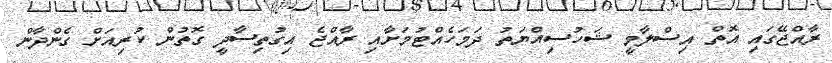
ރާއްޖޭގައި އޮތް އިސްލާމީ ޝަހުސިއްޔަތު ދަމަހެއްޓުމަށާއި ރާއްޖެ އިގުތިސާދީ ގޮތުން ކުރިއަށް ގެންދާން